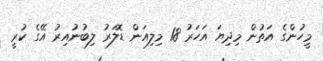
މީހުންގެ އަތުން މިދިޔަ އަހަރު 18 މިލިއަން ޑޮލަރު ލިބުނުއިރު އޭގެ ކުރީ